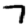
Digit: 7